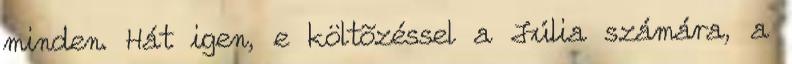
minden. Hát igen, e költõzéssel a Júlia számára, a